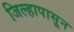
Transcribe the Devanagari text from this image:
जिल्हापासून